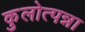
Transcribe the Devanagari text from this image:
कुलोत्पन्ना